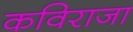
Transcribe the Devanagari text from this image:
कविराजा